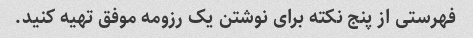
فهرستی از پنج نکته برای نوشتن یک رزومه موفق تهیه کنید.